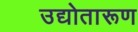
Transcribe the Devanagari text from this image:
उद्योतारूण